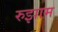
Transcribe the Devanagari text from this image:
रुझाम